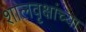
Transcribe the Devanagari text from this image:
शालवृक्षांच्या